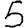
Digit: 5